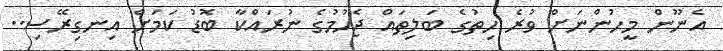
އެނޫން މީހުންނަށް ވުރެ ހިތުގެ ބަލިތައް ޖެހުމުގެ ނުރައްކާ ބޮޑު ކަމަށް އިނގިރޭސި..